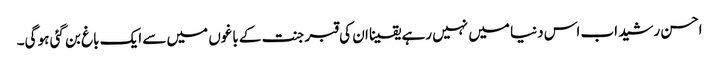
احسن رشید اب اس دنیا میں نہیں رہے یقینا ان کی قبر جنت کے باغوں میں سے ایک باغ بن گئی ہو گی۔